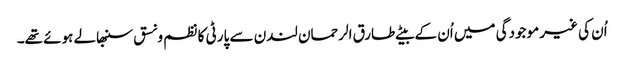
اُن کی غیر موجودگی میں اُن کے بیٹے طارق الرحمان لندن سے پارٹی کا نظم ونسق سنبھالے ہوئے تھے۔